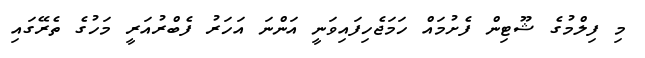
މި ފިލްމުގެ ޝޫޓިން ފެށުމައް ހަމަޖެހިފައިވަނީ އަންނަ އަހަރު ފެބްރުއަރީ މަހުގެ ތެރޭގައި